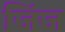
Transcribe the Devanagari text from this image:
जिंज